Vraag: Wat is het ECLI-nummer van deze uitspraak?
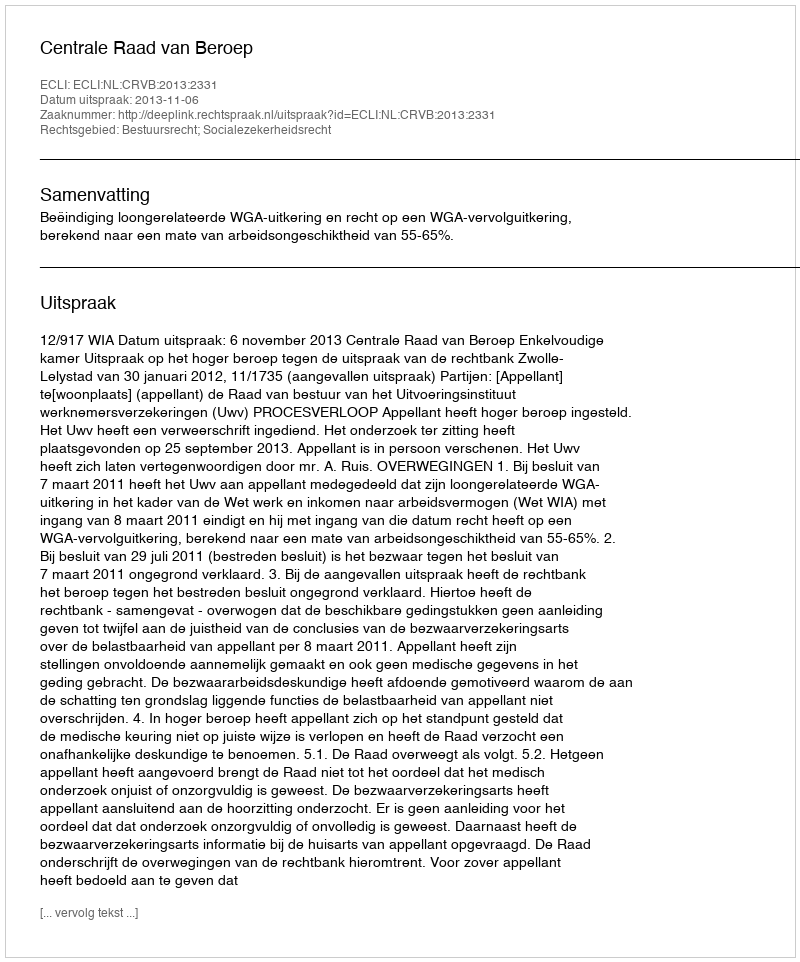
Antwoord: ECLI:NL:CRVB:2013:2331